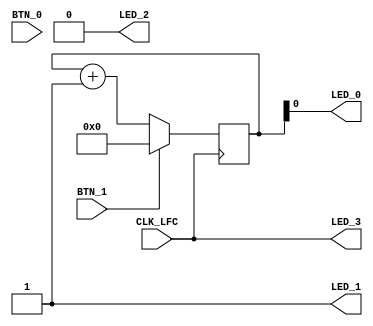
module cmod_s6
(
    // input        CLK,         // FPGA_GCLK, 8MHz
    input        CLK_LFC,     // FPGA_LFC, 1 Hz

    output reg   LED_0,
    output reg   LED_1,
    output reg   LED_2,
    output reg   LED_3,

    input        BTN_0,
    input        BTN_1   // ,

    // DEPP interface

    // input        DEPP_ASTB,   // Address strobe
    // input        DEPP_DSTB,   // Data strobe
    // input        DEPP_WRITE,  // Write enable (write operation = 0, read operation = 1)
    // output       DEPP_WAIT,   // Ready 
    // inout  [7:0] DBUS,

    // General purpose I/O

    // output [7:0] PORTA,
    // output [7:0] PORTB,
    // output [6:0] PORTC,
    // output [7:0] PORTD,
    // output [7:0] PORTE,
    // output [6:0] PORTF
);
/*
    assign LED_0 = BTN_0;
    assign LED_1 = BTN_1;
    assign LED_2 = BTN_0 & BTN_1;
    assign LED_3 = BTN_0 | BTN_1;
*/
    reg [3:0] n;

    always @ (posedge CLK_LFC)
    begin
        if (BTN_1)
            n <= 0;
        else
            n <= n + 1;
    end

    always @*
    begin
        LED_0 = n [0];
        LED_1 = 1; // n [1];
        LED_2 = 0; // n [2];
        LED_3 = CLK_LFC; // n [3];
    end

endmodule